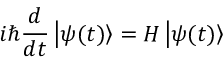
i \hbar { \frac { d } { d t } } \left| \psi ( t ) \right\rangle = H \left| \psi ( t ) \right\rangle